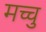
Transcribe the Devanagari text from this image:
मच्चु